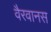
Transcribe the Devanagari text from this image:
वैरवानस